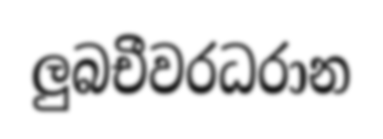
ලුබචීවරධරාන